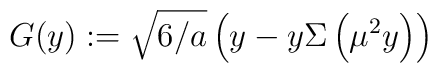
G(y):=\sqrt{6/a}\left(y-y\Sigma\left(\mu^2y\right)\right)